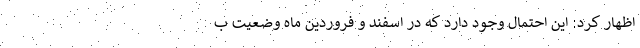
اظهار کرد: این احتمال وجود دارد که در اسفند و فروردین ماه وضعیت ب